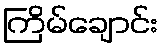
ကြိမ်ချောင်း